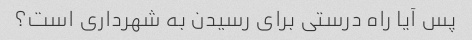
پس آیا راه درستی برای رسیدن به شهرداری است؟